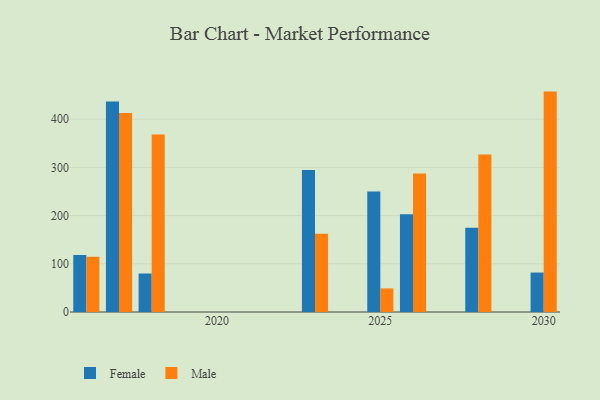
{"axis": {"x": "Year", "y": "Conversion Rate (%)"}, "legend": ["Female", "Male"], "data": [{"x": "2016", "y": 118.3, "type": "Female"}, {"x": "2016", "y": 114.7, "type": "Male"}, {"x": "2025", "y": 250.3, "type": "Female"}, {"x": "2025", "y": 48.9, "type": "Male"}, {"x": "2017", "y": 436.8, "type": "Female"}, {"x": "2017", "y": 413.1, "type": "Male"}, {"x": "2028", "y": 174.9, "type": "Female"}, {"x": "2028", "y": 327.1, "type": "Male"}, {"x": "2023", "y": 294.8, "type": "Female"}, {"x": "2023", "y": 162.4, "type": "Male"}, {"x": "2030", "y": 81.9, "type": "Female"}, {"x": "2030", "y": 457.4, "type": "Male"}, {"x": "2026", "y": 202.7, "type": "Female"}, {"x": "2026", "y": 287.4, "type": "Male"}, {"x": "2018", "y": 79.9, "type": "Female"}, {"x": "2018", "y": 368.2, "type": "Male"}]}